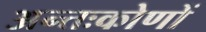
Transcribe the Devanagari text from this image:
अन्तःकोणों